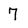
Character: 7